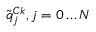
\tilde { q } _ { j } ^ { C k } , j = 0 \ldots N